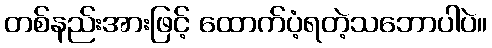
တစ်နည်းအားဖြင့် ထောက်ပံ့ရတဲ့သဘောပါပဲ။